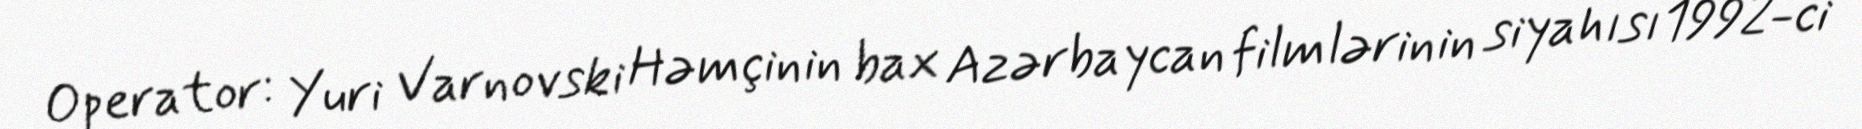
Operator: Yuri Varnovski Həmçinin bax Azərbaycan filmlərinin siyahısı1992-ci